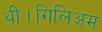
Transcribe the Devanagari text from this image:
थीं।गिलिअम